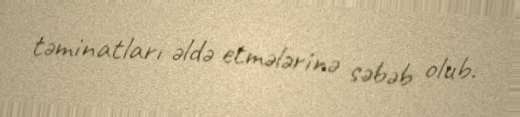
təminatları əldə etmələrinə səbəb olub.